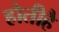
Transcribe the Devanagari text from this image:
होतीहै